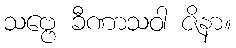
သဗ္ဗေ ခီဏာသဝါ ဇိနာ။